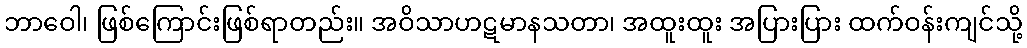
ဘာဝေါ၊ ဖြစ်ကြောင်းဖြစ်ရာတည်း။ အဝိသာဟဋမာနသတာ၊ အထူးထူး အပြားပြား ထက်ဝန်းကျင်သို့